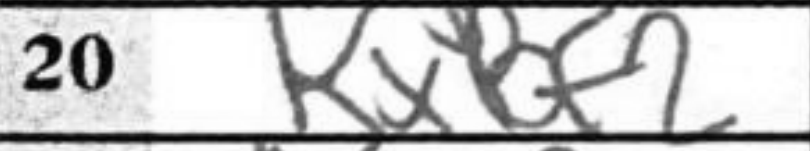
Transcription: KxBf2